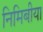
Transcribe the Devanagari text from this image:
निमिबीया